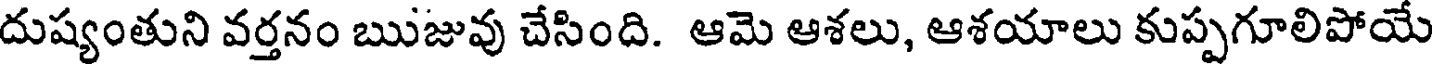
దుష్యంతుని వర్తనం ఋజువు చేసింది. ఆమె ఆశలు, ఆశయాలు కుప్పగూలిపోయే